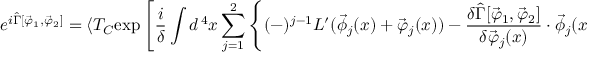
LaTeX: e ^ { i \hat { \Gamma } [ \vec { \varphi } _ { 1 } , \vec { \varphi } _ { 2 } ] } = \langle T _ { C } \mathrm { e x p } \left[ \frac { i } { \delta } \int d ^ { \, 4 } x \sum _ { j = 1 } ^ { 2 } \left\{ ( - ) ^ { j - 1 } { \cal L } ^ { \prime } ( \vec { \phi } _ { j } ( x ) + \vec { \varphi } _ { j } ( x ) ) - \frac { \delta \hat { \Gamma } [ \vec { \varphi } _ { 1 } , \vec { \varphi } _ { 2 } ] } { \delta \vec { \varphi } _ { j } ( x ) } \cdot \vec { \phi } _ { j } ( x ) \right\} \right] \rangle ,